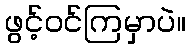
ဖွင့်ဝင်ကြမှာပဲ။